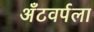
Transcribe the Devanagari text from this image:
अँटवर्पला